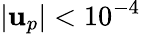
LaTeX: |\mathbf{u}_{p}|<10^{-4}